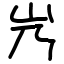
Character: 㞧